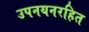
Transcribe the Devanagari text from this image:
उपनयनरहित